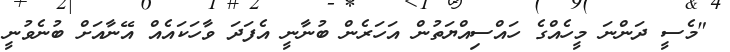
"މެސީ ދަންނަ މީހެއްގެ ހައްސިއްޔަތުން އަހަރެން ބުނާނީ އެފަދަ ވާހަކައެއް އޭނާއަށް ބުނެވުނީ